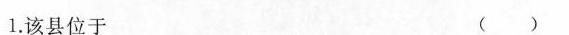
1.该县位于 ( )